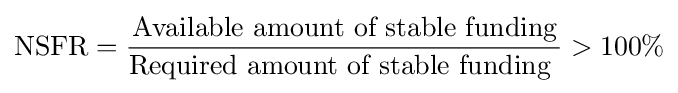
{\text{NSFR}}={\frac {\text{Available amount of stable funding}}{\text{Required amount of stable funding }}}>100\%